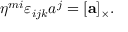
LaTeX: \eta ^ { m i } \varepsilon _ { i j k } a ^ { j } = [ \mathbf { a } ] _ { \times } .